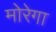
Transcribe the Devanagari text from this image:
मोरेगा